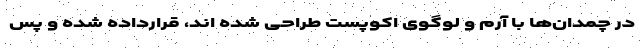
در چمدان‌ها با آرم و لوگوی اکوپست طراحی شده اند، قرارداده شده و پس